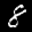
Label: 8